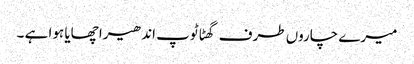
میرے چاروں طرف گھٹا ٹوپ اندھیرا چھایا ہوا ہے ۔